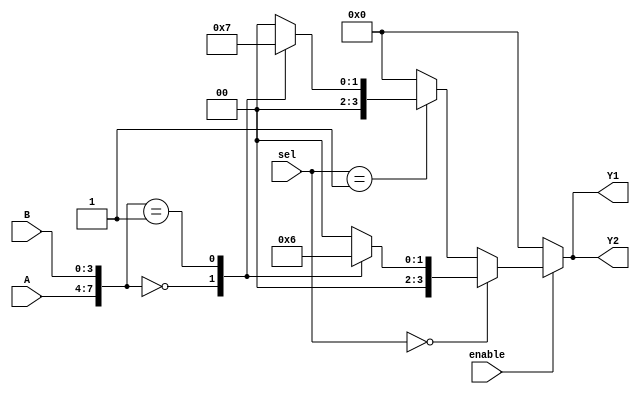
module CLB (
    input wire [3:0] A,        // 4 input signals
    input wire [3:0] B,        // 4 input signals
    input wire [1:0] sel,      // Control signal for MUX selection
    input wire enable,          // Enable signal
    output wire [3:0] Y1,      // Output from LUT1
    output wire [3:0] Y2       // Output from LUT2
);

// Look-Up Tables (LUTs)
reg [15:0] lut1; // 4-input LUT (16 possible combinations)
reg [15:0] lut2; // 4-input LUT (16 possible combinations)

// MUX for selecting outputs
wire [3:0] mux_out;

// LUT configuration (example truth tables)
always @(*) begin
    // Example truth table for LUT1
    case ({A, B})
        8'b00000000: lut1 = 16'b0000000000000001; // Example output
        8'b00000001: lut1 = 16'b0000000000000010; // Example output
        // Add more combinations as needed
        default: lut1 = 16'b0000000000000000; // Default case
    endcase

    // Example truth table for LUT2
    case ({A, B})
        8'b00000000: lut2 = 16'b0000000000000001; // Example output
        8'b00000001: lut2 = 16'b0000000000000011; // Example output
        // Add more combinations as needed
        default: lut2 = 16'b0000000000000000; // Default case
    endcase
end

// MUX implementation
assign mux_out = (sel == 2'b00) ? lut1[3:0] :
                 (sel == 2'b01) ? lut2[3:0] :
                 (sel == 2'b10) ? lut1[7:4] :
                 (sel == 2'b11) ? lut2[7:4] : 4'b0000;

// Enable/Disable logic
assign Y1 = enable ? mux_out : 4'b0000; // Output Y1 is enabled based on control signal
assign Y2 = enable ? mux_out : 4'b0000; // Output Y2 is enabled based on control signal

endmodule